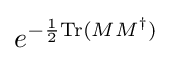
e^{-{\frac {1}{2}}{\rm {Tr}}(MM^{\dagger })}